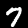
Label: 7